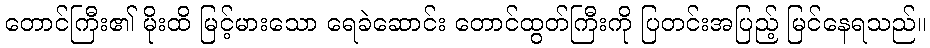
တောင်ကြီး၏ မိုးထိ မြင့်မားသော ရေခဲဆောင်း တောင်ထွတ်ကြီးကို ပြတင်းအပြည့် မြင်နေရသည်။